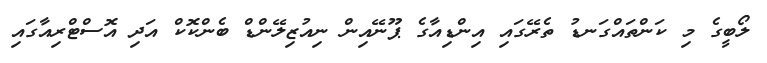
ލޯބީގެ މި ކަންތައްގަނޑު ތެރޭގައި އިންޑިއާގެ ޕޫނޭއިން ނިއުޒިލޭންޑް ބެންކޮކް އަދި އޮސްޓްރިއާގައި